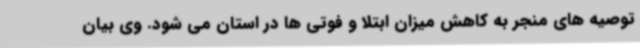
توصیه های منجر به کاهش میزان ابتلا و فوتی ها در استان می شود. وی بیان